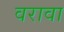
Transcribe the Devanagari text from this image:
वरावा